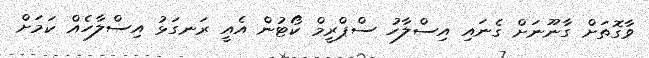
ވާގޮތަށް ގާނޫނަށް ގެނައި އިސްލާހު ސްޕްރީމް ކޯޓުން އެއީ ރަނގަޅު އިސްލާހެއް ކަމަށް